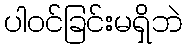
ပါဝင်ခြင်းမရှိဘဲ